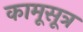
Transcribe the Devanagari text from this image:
कामूसूत्र